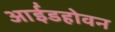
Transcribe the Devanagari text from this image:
आईंडहोवन